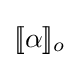
[\![\alpha ]\!]_{o}